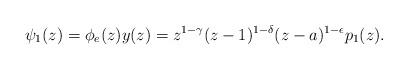
LaTeX: \begin{align*}\psi_{1}(z)=\phi_{e}(z)y(z)=z^{1-\gamma}(z-1)^{1-\delta}(z-a)^{1-\epsilon}p_{1}(z).\end{align*}